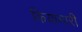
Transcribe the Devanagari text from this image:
कियामारी